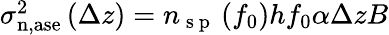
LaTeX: \begin{array}{r}{\sigma_{\mathrm{n},\mathrm{ase}}^{2}\left(\Delta z\right)=n_{\mathrm{~s~p~}}\left(f_{0}\right)hf_{0}\alpha\Delta zB}\end{array}